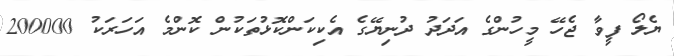
ޔެލޯ ފީވާ ޖެހޭ މީހުންގެ އަދަދު ދުނިޔޭގެ އެކިކަންކޮޅުތަކުން ކޮންމެ އަހަރަކު 200000